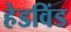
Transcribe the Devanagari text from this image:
हेडविंड